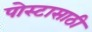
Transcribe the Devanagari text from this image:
पोस्टासाठी